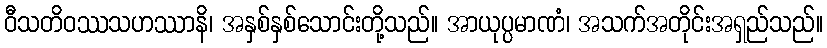
ဝီသတိဝဿသဟဿာနိ၊ အနှစ်နှစ်သောင်းတို့သည်။ အာယုပ္ပမာဏံ၊ အသက်အတိုင်းအရှည်သည်။